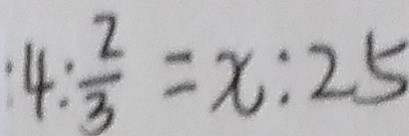
4 : \frac { 2 } { 3 } = x : 2 5